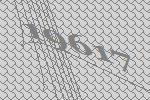
19617